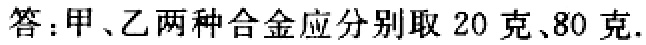
答：甲、乙两种合金应分别取 20 克、80 克.